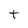
Character: t